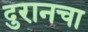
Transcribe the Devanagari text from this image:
दुरानचा